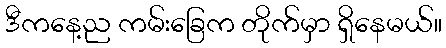
ဒီကနေ့ည ကမ်းခြေက တိုက်မှာ ရှိနေမယ်။